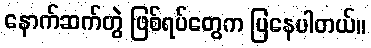
နောက်ဆက်တွဲ ဖြစ်ရပ်တွေက ပြနေပါတယ်။